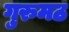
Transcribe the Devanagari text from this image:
गुरुमठ